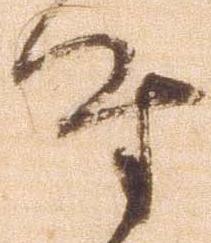
時